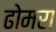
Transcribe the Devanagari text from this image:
ढोमरा